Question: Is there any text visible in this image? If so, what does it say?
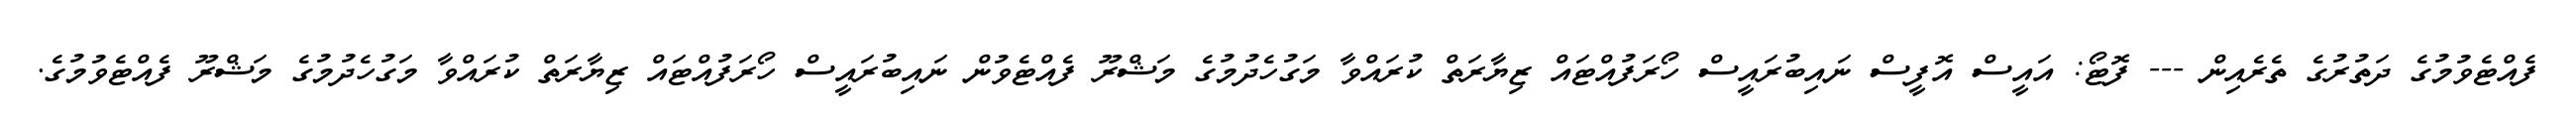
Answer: ފެއްޓެވުމުގެ ދަތުރުގެ ތެރެއިން --- ފޮޓޯ: އައީސް އޮފީސް ނައިބުރައީސް ހޯރަފުއްޓައް ޒިޔާރަތް ކުރައްވާ މަގުހެދުމުގެ މަޝްރޫ ފެއްޓެވުން ނައިބުރައީސް ހޯރަފުއްޓައް ޒިޔާރަތް ކުރައްވާ މަގުހެދުމުގެ މަޝްރޫ ފެއްޓެވުމުގެ.